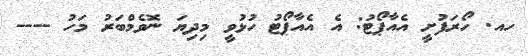
ހއ. ހޯރަފުށީ އެއާޕޯޓު: އެ އެއާޕޯޓު ހުޅުވީ މިދިޔަ ނޮވެމްބަރު މަހު ----